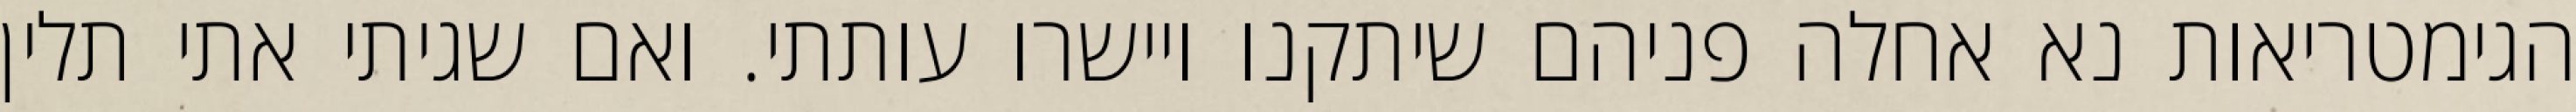
הגימטריאות נא אחלה פניהם שיתקנו ויישרו עותתי. ואם שגיתי אתי תלין